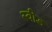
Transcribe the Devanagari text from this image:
स्वीड